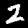
Digit: 2